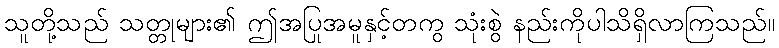
သူတို့သည် သတ္တုများ၏ ဤအပြုအမူနှင့်တကွ သုံးစွဲ နည်းကိုပါသိရှိလာကြသည်။